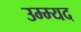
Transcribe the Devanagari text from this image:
उम्म्यद